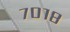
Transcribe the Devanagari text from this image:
७०१८